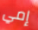
إمي